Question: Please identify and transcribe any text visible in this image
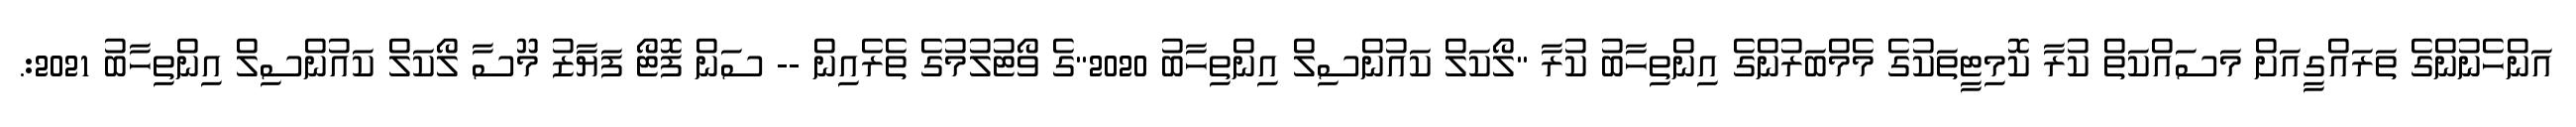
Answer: އަންހެނުންގެ ތަރައްގީއަށް މަސައްކަތް ކުރާ ކޮމިޓީތަކުގެ މެމްބަރުންގެ އިންތިހާބު ކުރާ "ލޯކަލް ކައުންސިލް އިންތިހާބު 2020"ގެ ވޯޓުލުމުގެ ތެރެއިން -- ސަން ފޮޓޯ ފަޔާޒު މޫސާ ލޯކަލް ކައުންސިލް އިންތިހާބު 2021:.